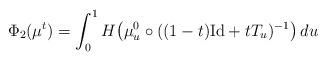
LaTeX: \begin{align*}\Phi_2(\mu^t) = \int_0^1 H\big(\mu^0_u \circ ((1-t)\mathrm{Id} + tT_u)^{-1} \big)\,du\end{align*}